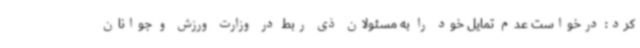
کرد: درخواست عدم تمایل خود را به مسئولان ذی ربط در وزارت ورزش و جوانان